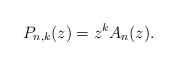
\begin{align*}P_{n,k}(z)=z^kA_n(z).\end{align*}